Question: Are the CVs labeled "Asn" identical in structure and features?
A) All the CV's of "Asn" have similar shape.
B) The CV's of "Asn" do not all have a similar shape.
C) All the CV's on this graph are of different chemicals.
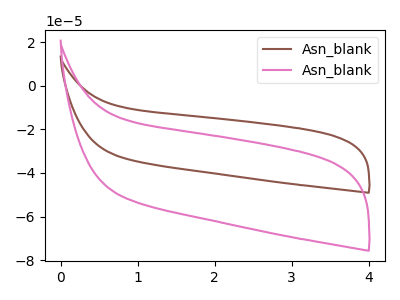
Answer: <think>The brown curve "Asn_blank1" has no peaks. The pink curve "Asn_blank2" has no peaks.
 Neither "Asn_blank1" or "Asn_blank2" have any peaks.</think>
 <answer>A) All the CV's of "Asn" have similar shape.</answer>
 <eval>A</eval>